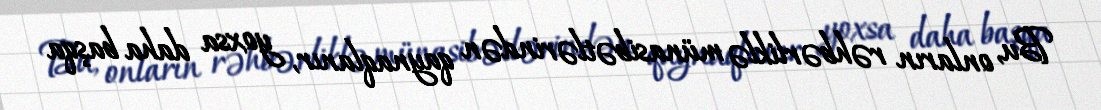
Bu, onların rəhbərliklə münasibətlərindən qaynaqlanır, yoxsa daha başqa